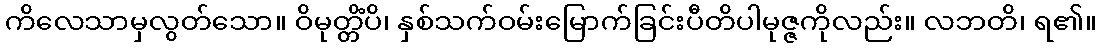
ကိလေသာမှလွတ်သော။ ဝိမုတ္တိံပိ၊ နှစ်သက်ဝမ်းမြောက်ခြင်းပီတိပါမုဇ္ဇကိုလည်း။ လဘတိ၊ ရ၏။